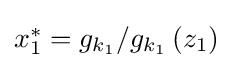
{\textstyle x_{1}^{*}=g_{k_{1}}/g_{k_{1}}\left(z_{1}\right)}